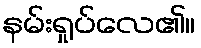
နမ်းရှုပ်လေ၏။